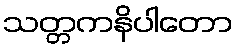
သတ္တကနိပါတော